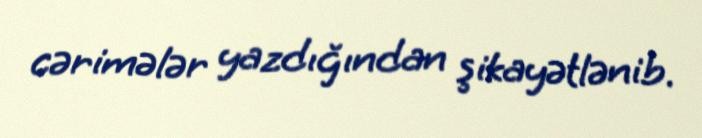
cərimələr yazdığından şikayətlənib.